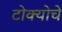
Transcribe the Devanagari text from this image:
टोक्योचे